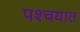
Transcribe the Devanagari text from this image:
पश्चयात